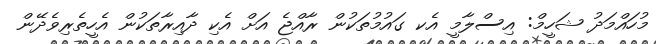
މުހައްމަދު ޝަހީމް: އިސްލާމީ އެކ ގައުމުތަކުން ރާއްޖެ އަށް އެކި ދާއިރާތަކުން އެހީތެރިވެދޭން